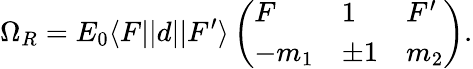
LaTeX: \Omega_{R}=E_{0}\langle F||d||F^{\prime}\rangle\left(\begin{array}{lll}{F}&{1}&{F^{\prime}}\\ {-m_{1}}&{\pm 1}&{m_{2}}\end{array}\right).